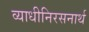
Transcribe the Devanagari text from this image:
व्याधीनिरसनार्थ